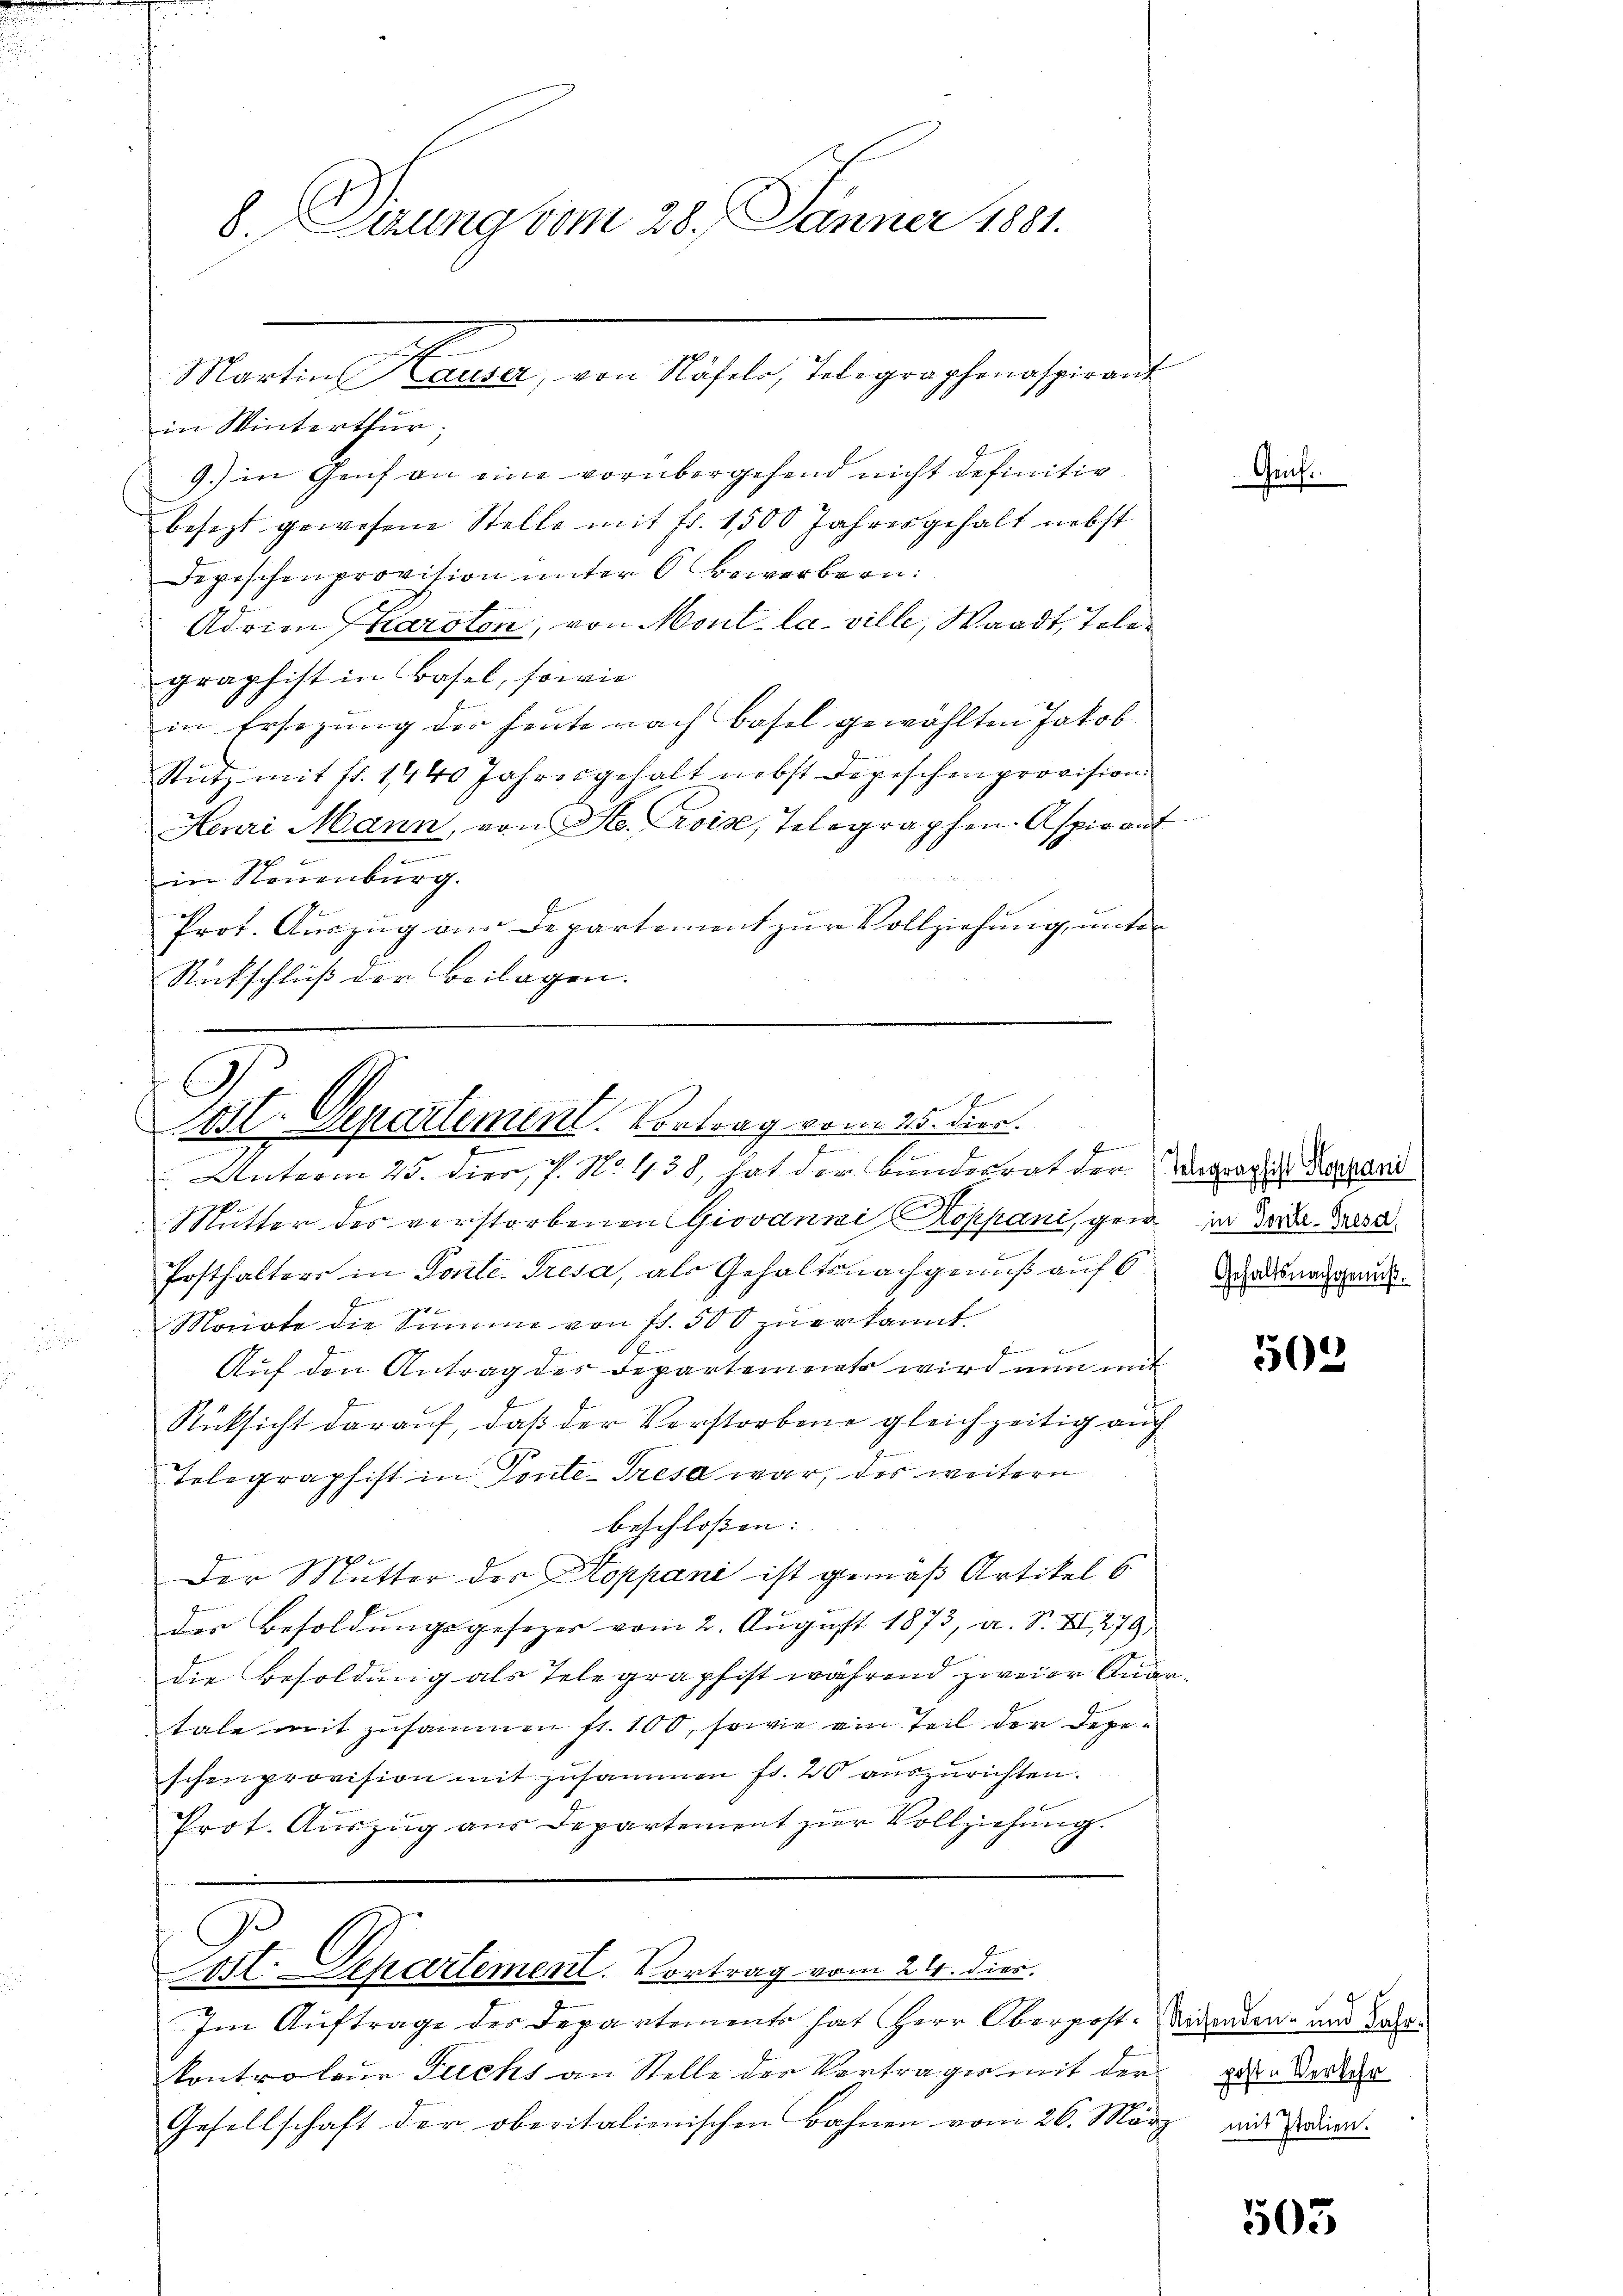
in Winterthur.
9.) in Genf an eine vorübergehend nicht definitiv
besezt gewesene Stelle mit fr. 1500 Jahresgehalt nebst
Depischenprovision unter 6 Bewerbern:
Adrian Pharsten, von Mont la ville, Waadt, Telegraphist in Basel, sowie
in Ersezung der heute nach Basel gewählten Jakob
Stutz mit fr. 1440 Jahresgehalt nebst Depeschenprovision
Henri Mann, von St. Lois, Telegraphen- Aspirant
in Neuenburg.
Prot. Auszug aus Departement zur Vollziehung, unter
Rückschluß der Beilagen.

8. Dirung vom 28. Jänner 1881.

Monaten Seiten, in sicht begrechen sei ein

G
Art. Departement. Vortrag vom 25. Dier.
e

 Unterm 25. Dier, P. No. 438, hat der Bundesrat der Vergrages Testand

Mutter des verstorbenen Giovanni Koppani, gen in der Bes
Posthalters in Ponte. Tresa, als Gehaltsnachgenuß auf 6
Monote die Summe von fl. 500 zŭ erkannt.
Pr
Auf den Antrag des Departements wird nun mit
Rücksicht darauf, daß der Vorstorbene gleichzeitig auch
Telegraphist in Tente-Tresa war, des weitern
beschloßen: |
Der Mutter der Stoppani ist gemäß Artikel 6
der Besoldŭngsgesezes vom 2. Aŭgŭst 1873, a. S. XI 279)
die Besoldung als Telegraphist während zweier Quartale mit zusammen fr. 100, sowie ein Teil der Depeschenprovision mit zusammen fr. 20 auszurichten.
Prot. Auszug aus Departement zur Vollziehung.

G.
at. Departement. Vortrag vom 24. dies.

Im Auftrage des Departement hat Herr Oberpostkontroleur Fuchs an Stelle der Vertrages mit der in der der
Gesellschaft der oberitalienischen Bahnen vom 26. März aus dien

Genf.

Gehaltsnachgenuß.

503

Reisenden- und Jahr

503